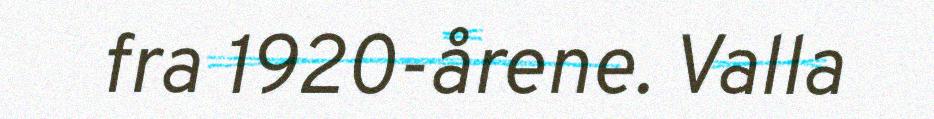
fra 1920-årene. Valla